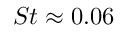
S t \approx 0 . 0 6